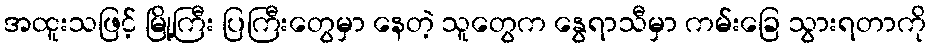
အထူးသဖြင့် မြို့ကြီး ပြကြီးတွေမှာ နေတဲ့ သူတွေက နွေရာသီမှာ ကမ်းခြေ သွားရတာကို